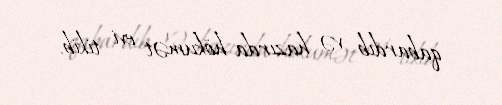
qabardıb və hazırda hökumət evi tikib.